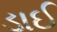
ડાઈ